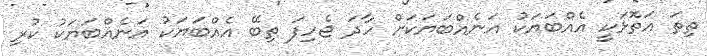
ތިތަ އަތޮޅަކީ އެއްބަޔަކު އަނެއްބަޔަކަށް ހާދަ ޖެހިފަ ތިބޭ އެއްބަޔަކު އަނެއްބަޔަކު ކުރި